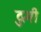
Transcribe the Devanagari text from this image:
दुमी